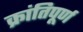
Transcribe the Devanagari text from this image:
क्रांतिपूर्ण